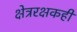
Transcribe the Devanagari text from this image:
क्षेत्ररक्षकही